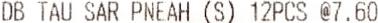
DB TAU SAR PNEAH (S) 12PCS @7.60